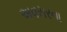
અવસરના